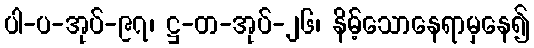
ပါ-ပ-အုပ်-၉၇၊ ဋ္ဌ-တ-အုပ်-၂၆၊ နိမ့်သောနေရာမှနေ၍